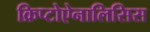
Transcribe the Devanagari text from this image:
क्रिप्टोऐनालिसिस